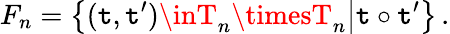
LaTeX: F_{n}=\bigl\{ (\mathtt{t},\mathtt{t}^{\prime})\inT_{n}\timesT_{n}\bigl|\mathtt{t}\circ\mathtt{t}^{\prime}\bigl\} \, .